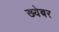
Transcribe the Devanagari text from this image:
ख्येबर